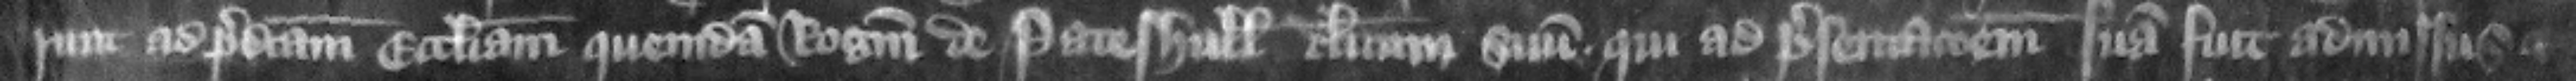
runt ad predictam ecclesiam quemdam Rogerum de Pateshull clericum suum qui ad presentacionem suum fuit admissus et